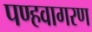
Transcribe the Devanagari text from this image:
पण्हवागरण